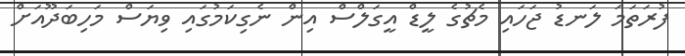
ފުރަތަމަ ލަނޑު ޖަހައި މެޗުގެ ލީޑް އީގަލްސް އިން ނެގިކަމުގައި ވިޔަސް މަހިބަދޫއަށް